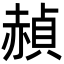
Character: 赬